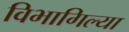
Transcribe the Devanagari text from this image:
विभागिल्या